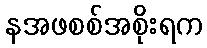
နအဖစစ်အစိုးရက